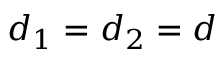
d _ { 1 } = d _ { 2 } = d